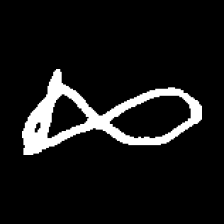
Pyu character \u2014 Myanmar letter: ဆ (romanized: cha)